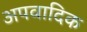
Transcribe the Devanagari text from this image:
अपवादिक